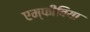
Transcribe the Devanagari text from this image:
एम्‍फीबिया